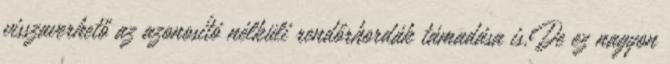
visszaverhető az azonosító nélküli rendőrhordák támadása is.De ez nagyon